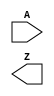
module AON_BUF_X1(A, Z);
  input A;
  output Z;
endmodule

module AON_BUF_X2(A, Z);
  input A;
  output Z;
endmodule

module AON_BUF_X4(A, Z);
  input A;
  output Z;
endmodule

module AON_INV_X1(A, Z);
  input A;
  output Z;
endmodule

module AON_INV_X2(A, Z);
  input A;
  output Z;
endmodule

module AON_INV_X4(A, Z);
  input A;
  output Z;
endmodule

module HEADER_OE_X1(SLEEP, SLEEPOUT);
  input SLEEP;
  output SLEEPOUT;
endmodule

module HEADER_OE_X2(SLEEP, SLEEPOUT);
  input SLEEP;
  output SLEEPOUT;
endmodule

module HEADER_OE_X4(SLEEP, SLEEPOUT);
  input SLEEP;
  output SLEEPOUT;
endmodule

module HEADER_X1(SLEEP);
  input SLEEP;
endmodule

module HEADER_X2(SLEEP);
  input SLEEP;
endmodule

module HEADER_X4(SLEEP);
  input SLEEP;
endmodule

module ISO_FENCE0N_X1(A, EN, Z);
  input A;
  input EN;
  output Z;
endmodule

module ISO_FENCE0N_X2(A, EN, Z);
  input A;
  input EN;
  output Z;
endmodule

module ISO_FENCE0N_X4(A, EN, Z);
  input A;
  input EN;
  output Z;
endmodule

module ISO_FENCE0_X1(A, EN, Z);
  input A;
  input EN;
  output Z;
endmodule

module ISO_FENCE0_X2(A, EN, Z);
  input A;
  input EN;
  output Z;
endmodule

module ISO_FENCE0_X4(A, EN, Z);
  input A;
  input EN;
  output Z;
endmodule

module ISO_FENCE1N_X1(A, EN, Z);
  input A;
  input EN;
  output Z;
endmodule

module ISO_FENCE1N_X2(A, EN, Z);
  input A;
  input EN;
  output Z;
endmodule

module ISO_FENCE1N_X4(A, EN, Z);
  input A;
  input EN;
  output Z;
endmodule

module ISO_FENCE1_X1(A, EN, Z);
  input A;
  input EN;
  output Z;
endmodule

module ISO_FENCE1_X2(A, EN, Z);
  input A;
  input EN;
  output Z;
endmodule

module ISO_FENCE1_X4(A, EN, Z);
  input A;
  input EN;
  output Z;
endmodule

module LS_HLEN_X1(A, ISOLN, Z);
  input A;
  input ISOLN;
  output Z;
endmodule

module LS_HLEN_X2(A, ISOLN, Z);
  input A;
  input ISOLN;
  output Z;
endmodule

module LS_HLEN_X4(A, ISOLN, Z);
  input A;
  input ISOLN;
  output Z;
endmodule

module LS_HL_X1(A, Z);
  input A;
  output Z;
endmodule

module LS_HL_X2(A, Z);
  input A;
  output Z;
endmodule

module LS_HL_X4(A, Z);
  input A;
  output Z;
endmodule

module LS_LHEN_X1(A, ISOLN, Z);
  input A;
  input ISOLN;
  output Z;
endmodule

module LS_LHEN_X2(A, ISOLN, Z);
  input A;
  input ISOLN;
  output Z;
endmodule

module LS_LHEN_X4(A, ISOLN, Z);
  input A;
  input ISOLN;
  output Z;
endmodule

module LS_LH_X1(A, Z);
  input A;
  output Z;
endmodule

module LS_LH_X2(A, Z);
  input A;
  output Z;
endmodule

module LS_LH_X4(A, Z);
  input A;
  output Z;
endmodule